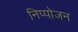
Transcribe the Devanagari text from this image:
निप्‍पोजन